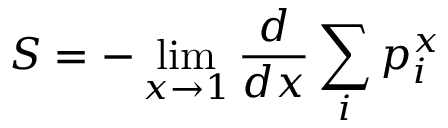
S = - \operatorname* { l i m } _ { x \rightarrow 1 } { \frac { d } { d x } } \sum _ { i } p _ { i } ^ { x }